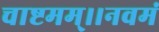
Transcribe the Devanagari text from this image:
चाष्टमम्।।नवमं